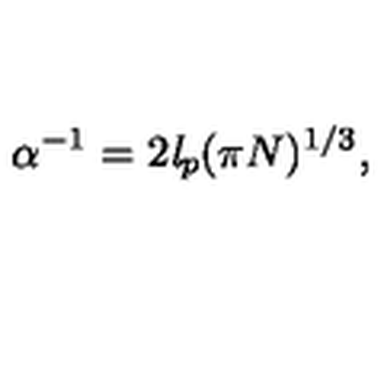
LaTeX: \alpha ^ { - 1 } = 2 \mathit { l } _ { p } ( \pi N ) ^ { 1 / 3 } ,